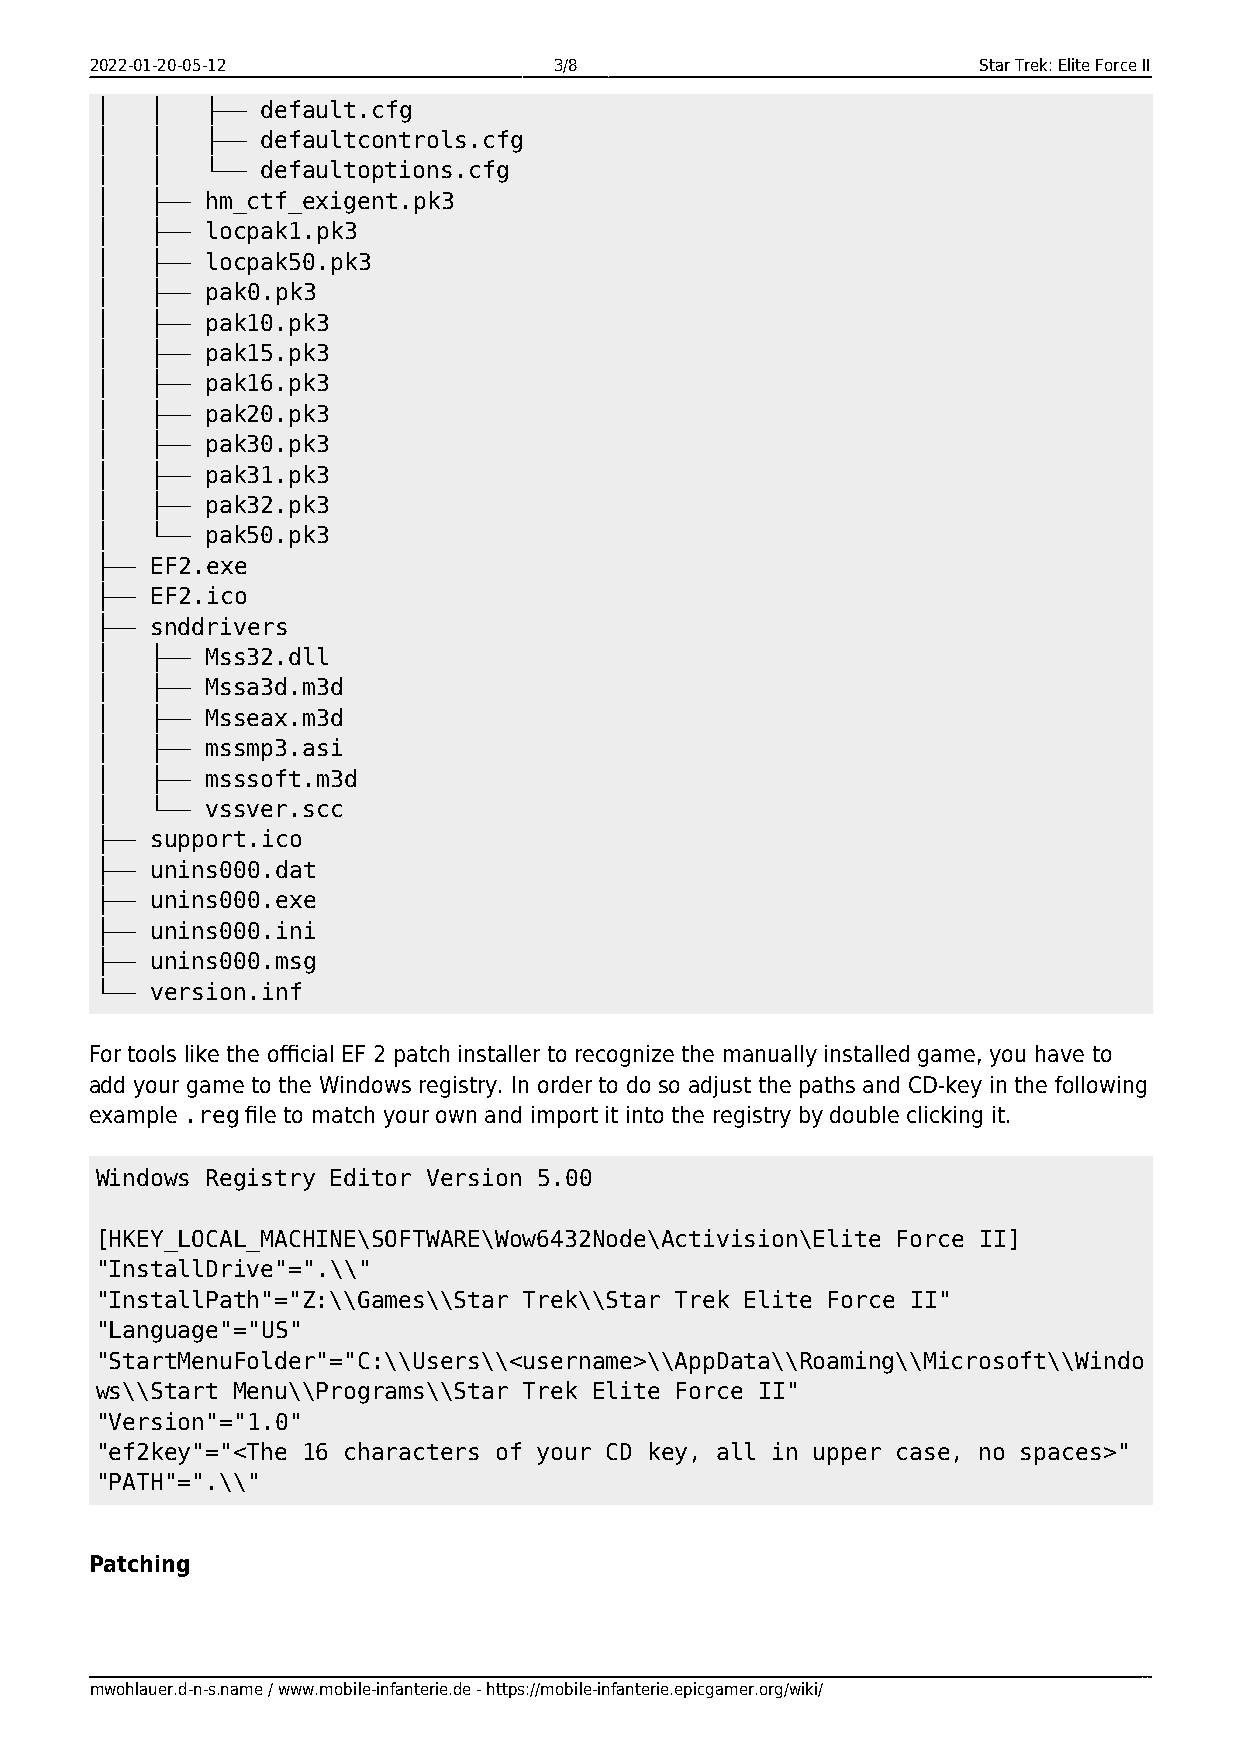
2022-01-20-05-12               3/8                         Star Trek: Elite Force II
 │   │   ├── default.cfg
 │   │   ├── defaultcontrols.cfg
 │   │   └── defaultoptions.cfg
 │   ├── hm_ctf_exigent.pk3
 │   ├── locpak1.pk3
 │   ├── locpak50.pk3
 │   ├── pak0.pk3
 │   ├── pak10.pk3
 │   ├── pak15.pk3
 │   ├── pak16.pk3
 │   ├── pak20.pk3
 │   ├── pak30.pk3
 │   ├── pak31.pk3
 │   ├── pak32.pk3
 │   └── pak50.pk3
 ├── EF2.exe
 ├── EF2.ico
 ├── snddrivers
 │   ├── Mss32.dll
 │   ├── Mssa3d.m3d
 │   ├── Msseax.m3d
 │   ├── mssmp3.asi
 │   ├── msssoft.m3d
 │   └── vssver.scc
 ├── support.ico
 ├── unins000.dat
 ├── unins000.exe
 ├── unins000.ini
 ├── unins000.msg
 └── version.inf
 For tools like the official EF 2 patch installer to recognize the manually installed game, you have to
 add your game to the Windows registry. In order to do so adjust the paths and CD-key in the following
 example .reg file to match your own and import it into the registry by double clicking it.
 Windows Registry Editor Version 5.00
 [HKEY_LOCAL_MACHINE\SOFTWARE\Wow6432Node\Activision\Elite Force II]
 "InstallDrive"=".\\"
 "InstallPath"="Z:\\Games\\Star Trek\\Star Trek Elite Force II"
 "Language"="US"
 "StartMenuFolder"="C:\\Users\\<username>\\AppData\\Roaming\\Microsoft\\Windo
 ws\\Start Menu\\Programs\\Star Trek Elite Force II"
 "Version"="1.0"
 "ef2key"="<The 16 characters of your CD key, all in upper case, no spaces>"
 "PATH"=".\\"
 Patching
 mwohlauer.d-n-s.name / www.mobile-infanterie.de - https://mobile-infanterie.epicgamer.org/wiki/